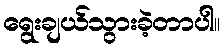
ရွေးချယ်သွားခဲ့တာပါ။